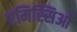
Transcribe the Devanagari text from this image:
एमिस्सिओं